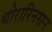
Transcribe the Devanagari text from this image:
थोरारिनसन